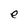
Character: e